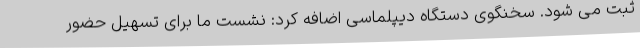
ثبت می شود. سخنگوی دستگاه دیپلماسی اضافه کرد: نشست ما برای تسهیل حضور